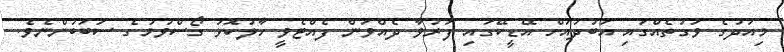
މިއަދުގެ ވަގުތެއްގައި އަބުދުއަށް އޭޑީކޭގައި ފަރުވާ ދެއްވަން ފެއްޓެވީ ހާލުކޮޅު ގޯސްވުމުގެ ސަބަބުންނެވެ.